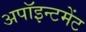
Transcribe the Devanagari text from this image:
अपॉइन्टमेंट